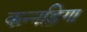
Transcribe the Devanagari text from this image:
कन्नड़िगा